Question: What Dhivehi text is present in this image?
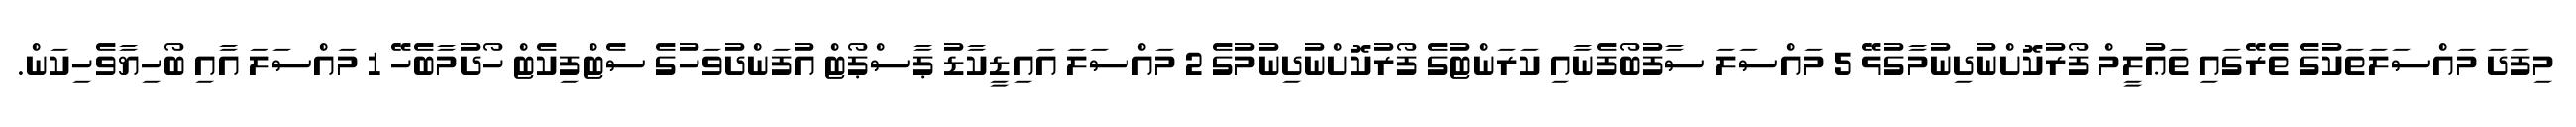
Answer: މިފަދަ މައްސަލަތަކުގެ ތެރޭގައި ތަޢުލީމް ފޯރުކޮށްނުދިނުމާގުޅޭ 5 މައްސަލަ ސާފުބޯފެނާއި ކަރަންޓުގެ ފޯރުކޮށްނުދިނުމުގެ 2 މައްސަލަ އައިޑީކާޑު ޕާސްޕޯޓް އުފަންދުވަހުގެ ސެޓްފިކެޓް ހޯދުމާބެހޭ 1 މައްސަލަ އާއި ބޯހިޔާވެހިކަން.